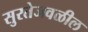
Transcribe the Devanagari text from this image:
सुरतेजवळील